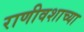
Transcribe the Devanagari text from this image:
राणीवशाच्या